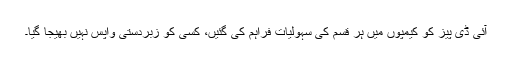
آئی ڈی پیز کو کیمپوں میں ہر قسم کی سہولیات فراہم کی گئیں، کسی کو زبردستی واپس نہیں بھیجا گیا۔